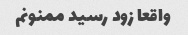
واقعا زود رسید ممنونم